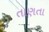
તાણતા